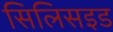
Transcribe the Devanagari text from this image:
सिलिसइड